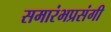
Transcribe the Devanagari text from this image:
समारंभप्रसंगी